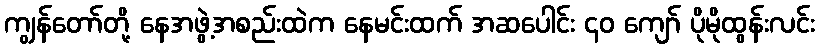
ကျွန်တော်တို့ နေအဖွဲ့အစည်းထဲက နေမင်းထက် အဆပေါင်း ၄၀ ကျော် ပိုမိုထွန်းလင်း